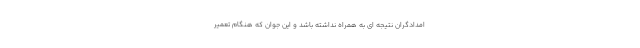
امدادگران نتیجه ای به همراه نداشته باشد و این جوان که هنگام تعمیر